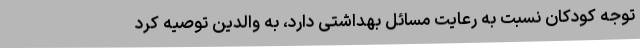
توجه کودکان نسبت به رعایت مسائل بهداشتی دارد، به والدین توصیه کرد